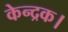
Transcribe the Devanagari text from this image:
केन्द्रक।